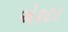
એકટર